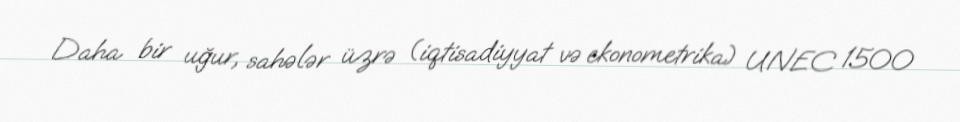
Daha bir uğur, sahələr üzrə (iqtisadiyyat və ekonometrika) UNEC 1500